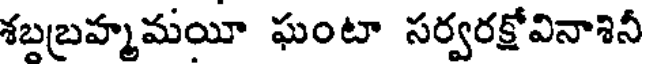
శబబ్రహ్మమయీ ఘంటా సర్వరక్షోవినాశినీ